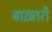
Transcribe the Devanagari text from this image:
बाख़्तरी